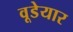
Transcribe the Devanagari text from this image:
वूडेयार